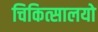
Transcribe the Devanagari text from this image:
चिकित्सालयो